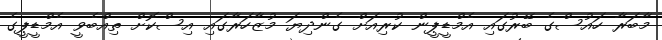
މާބަރާ ހައުސްގެ ބޭރުގައި އެމްޑީޕީން ކުރިއަށް ގެންދިޔަ މުޒާހަރާގައި އިސްކޮށް ތިއްބެވީ އެމްޑީޕީގެ